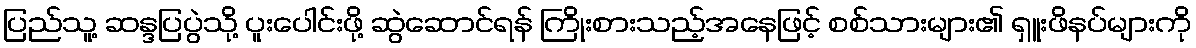
ပြည်သူ့ ဆန္ဒပြပွဲသို့ ပူးပေါင်းဖို့ ဆွဲဆောင်ရန် ကြိုးစားသည့်အနေဖြင့် စစ်သားများ၏ ရှူးဖိနပ်များကို